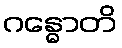
ဂန္ဓောတိ